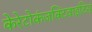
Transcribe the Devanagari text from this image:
केरेटोकंजक्टिवाइटिस